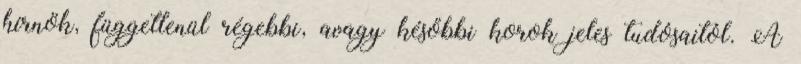
hírnök, függetlenül régebbi, avagy későbbi korok jeles tudósaitól. A